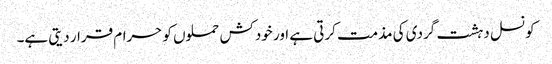
کونسل دہشت گردی کی مذمت کرتی ہے اور خودکش حملوں کو حرام قرار دیتی ہے۔